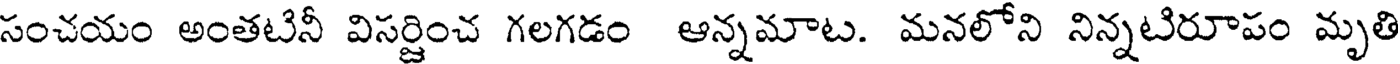
సంచయం అంతటినీ విసర్జించ గలగడం ఆన్నమాట. మనలోని నిన్నటిరూపం మృతి